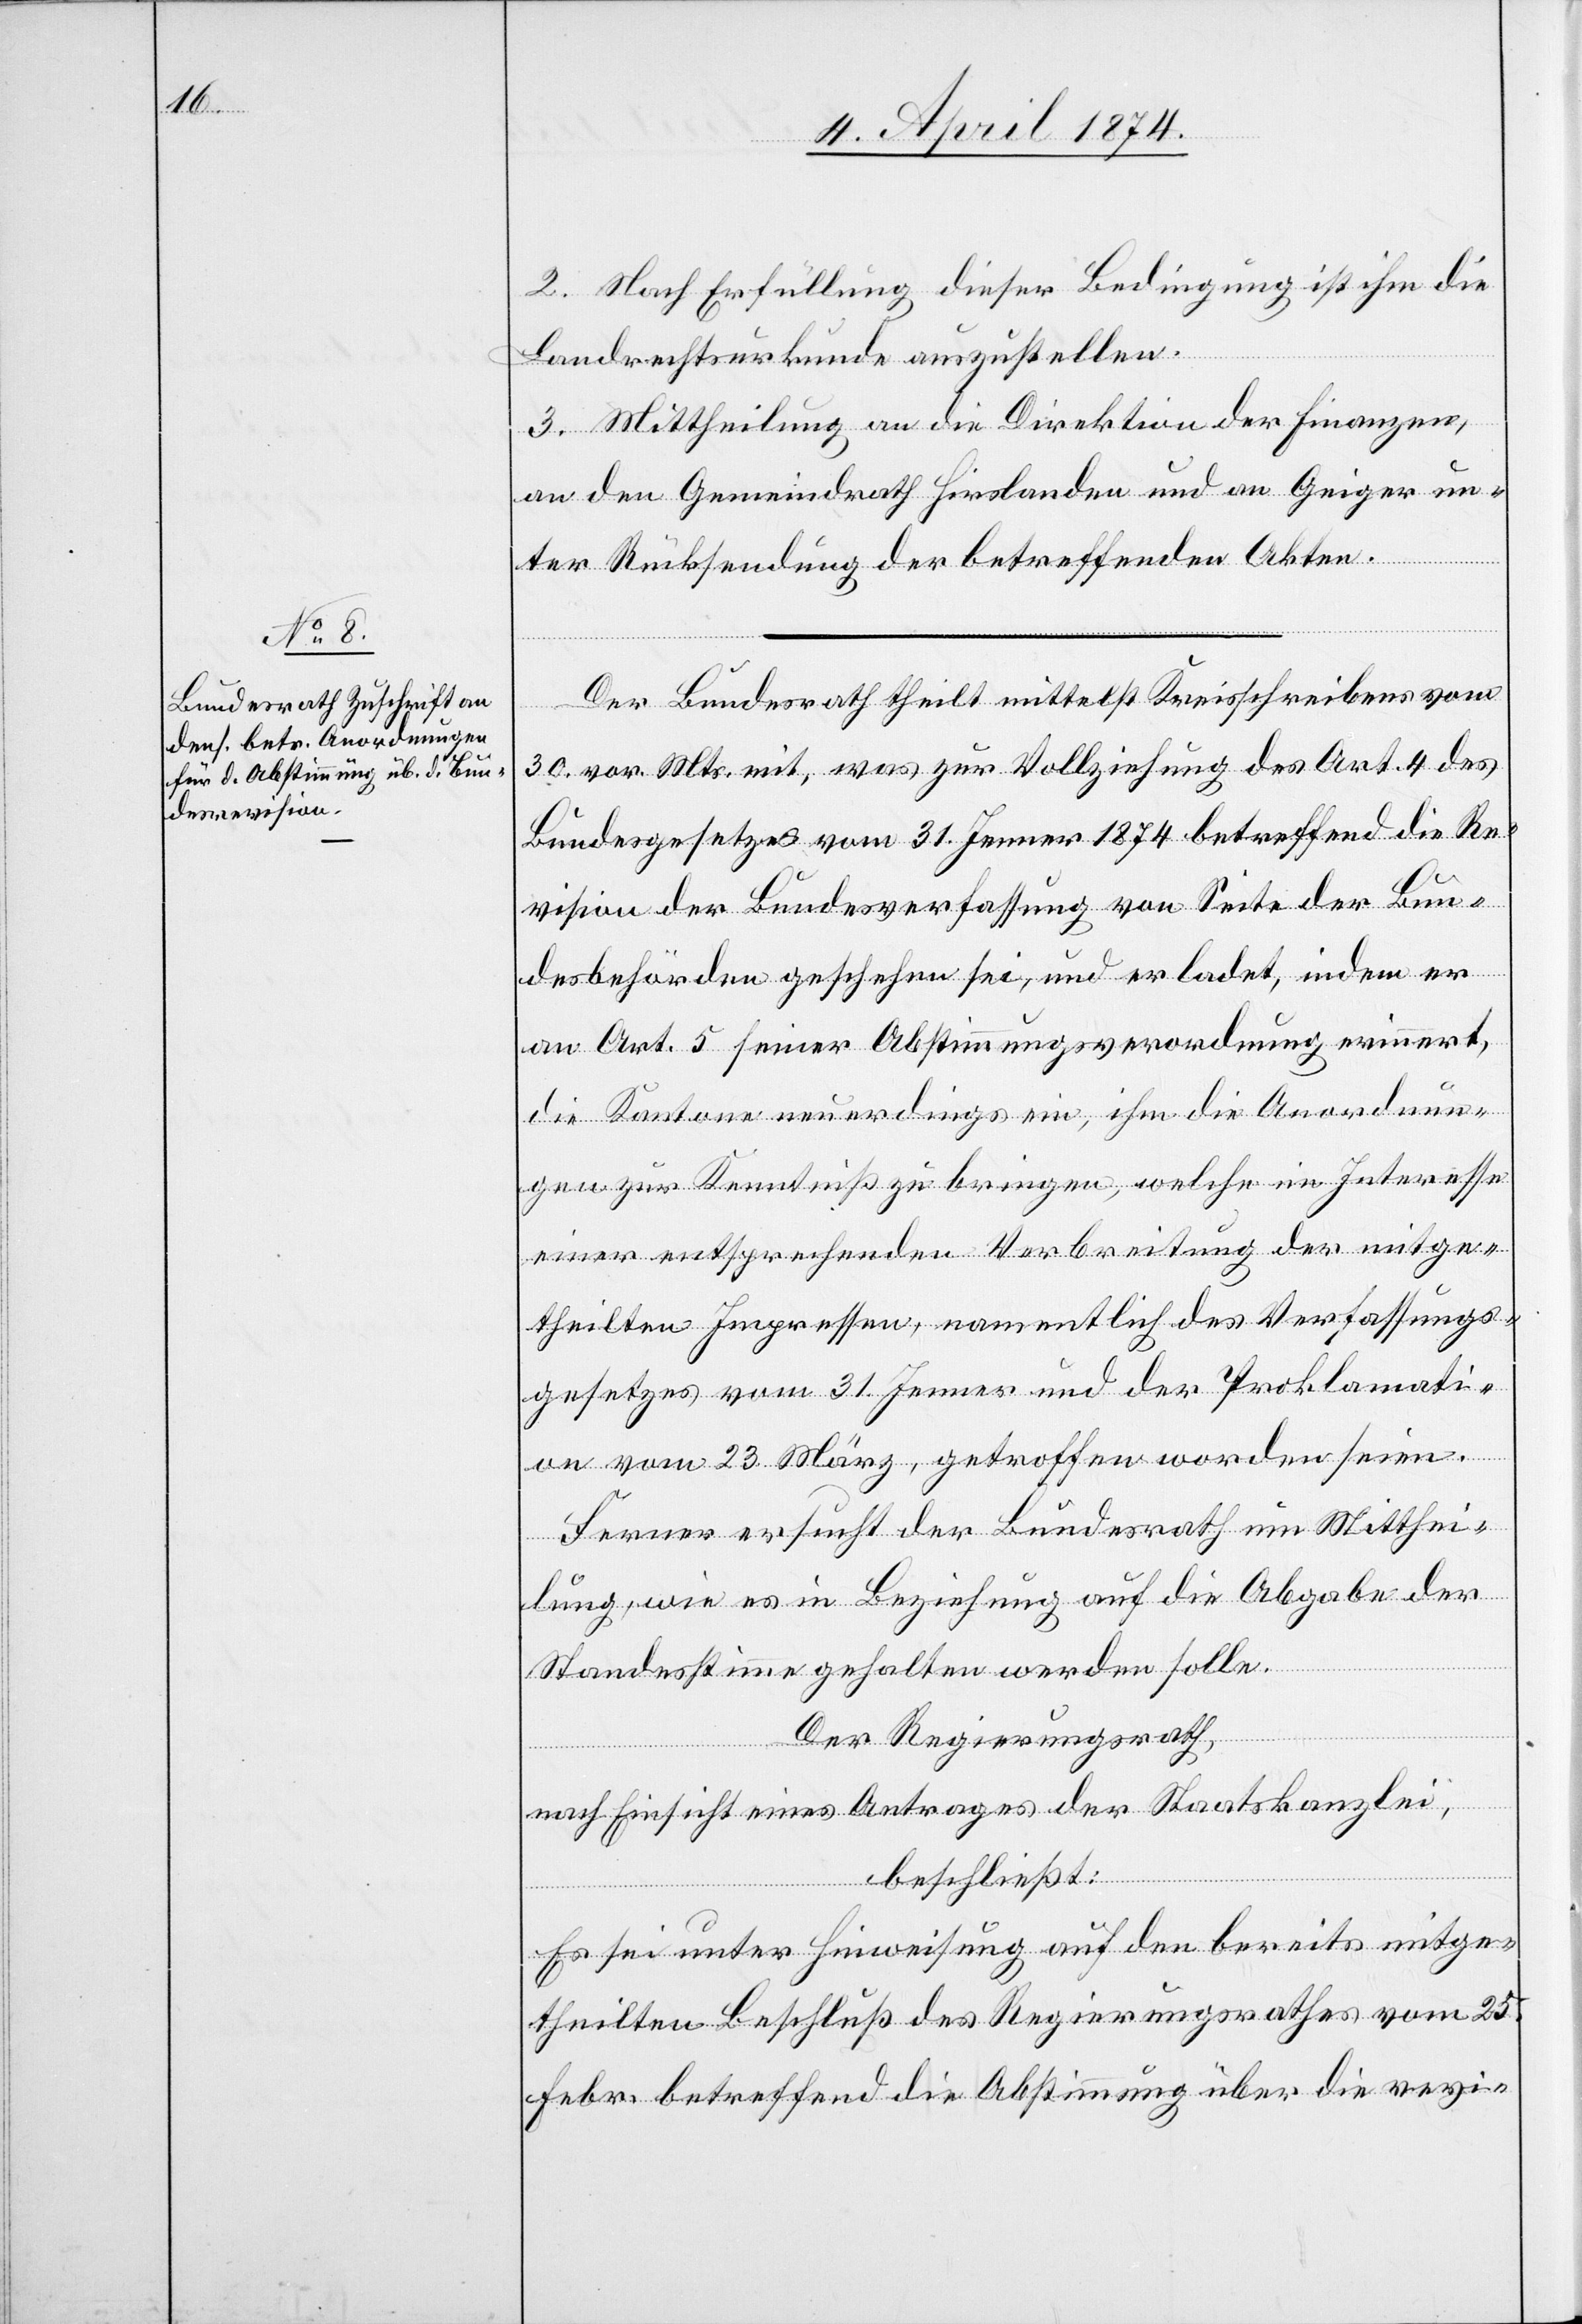
2. Nach Erfüllung dieser Bedingung ist ihm die
Landrechtsurkunde auszustellen.
3. Mittheilung an die Direktion der Finanzen,
an den Gemeindrath Hirslanden und an Geiger un¬
ter Rücksendung der betreffenden Akten.
Der Bundesrath theilt mittelst Kreisschreiben vom
30. vor. Mts. mit, was zur Vollziehung des Art. 4 des
Bundesgesetzes vom 31. Jenner 1874 betreffend die Re¬
vision der Bundesverfassung von Seite der Bun¬
desbehörden geschehen sei, und er ladet, indem er
an Art. 5 seiner Abstimmungsverordnung erinnert,
die Kantone neuerdings ein, ihm die Anordnun¬
gen zur Kenntniß zu bringen, welche im Interesse
einer entsprechenden Verbreitung der mitge¬
theilten Impressen, namentlich des Verfassungs¬
gesetzes vom 31. Jenner und der Proklamati¬
on vom 23. März, getroffen worden seien.
Ferner ersucht der Bundesrath um Mitthei¬
lung, wie es in Beziehung auf die Abgabe der
Standesstimme gehalten werden solle.
Der Regierungsrath,
nach Einsicht eines Antrages der Staatskanzlei,
beschließt:
Es sei unter Hinweisung auf den bereits mitge¬
theilten Beschluß des Regierungsrathes vom 25.
Febr. betreffend die Abstimmung über die revi-